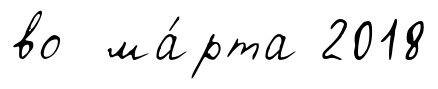
во ма́рта 2018